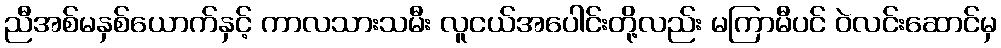
ညီအစ်မနှစ်ယောက်နှင့် ကာလသားသမီး လူငယ်အပေါင်းတို့လည်း မကြာမီပင် ဝဲလင်းဆောင်မှ